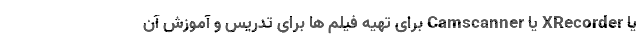
یا XRecorder یا Camscanner برای تهیه فیلم ها برای تدریس و آموزش آن